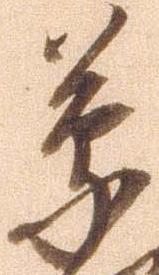
蒙